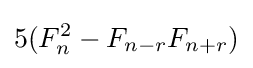
5(F_{n}^{2}-F_{n-r}F_{n+r})